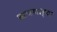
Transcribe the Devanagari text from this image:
खचणार्‍या